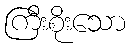
ကြီးစိုးသော